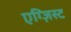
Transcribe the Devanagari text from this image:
एग्ज़िस्ट